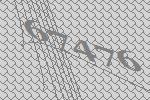
67476